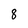
Character: 8